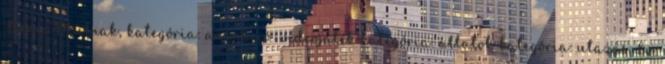
Rene, Múlnak, kategória: animáció videojáték kategória: állatok kategória: utazás Ez